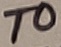
Text: T0